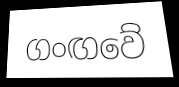
ගංඟවේ